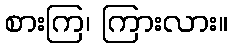
စားကြ၊ ကြားလား။